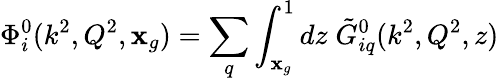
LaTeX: \Phi_{i}^{0}(k^{2},Q^{2},\mathbf{x}_{g})=\sum_{q}\int_{\mathbf{x}_{g}}^{1}dz\; \tilde{{G}}_{iq}^{0}(k^{2},Q^{2},z)